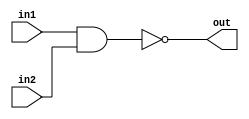
`timescale 1ns / 1ps
//////////////////////////////////////////////////////////////////////////////////
// Company: 
// Engineer: 
// 
// Design Name: 
// Module Name:    DFF 
// Project Name: 
// Target Devices: 
// Tool versions: 
// Description: 
//
// Dependencies: 
//
// Revision: 
// Revision 0.01 - File Created
// Additional Comments: 
//
//////////////////////////////////////////////////////////////////////////////////
module NAND(
    input in1,
    input in2,
    output out
    );
	buf#(2) (out,~(in1 & in2));

endmodule

module NOR(
    input in1,
    input in2,
    output out
    );
	
	buf#(3,2) (out,~(in1 | in2));

endmodule

module DNlatch_NOR(
    input En,
    input D,
    output Q,
    output not_Q
    );
	 
	 wire not_D,A,B ;
	 
	 NOR n1(D,D,not_D);	 
	 NOR n2(D,En,A);
	 NOR n3(not_D,En,B);
	 NOR n4(A,not_Q,Q);
	 NOR n5(B,Q,not_Q);


endmodule

module Dlatch_NAND(
    input En,
    input D,
    output Q,
	 output not_Q
    );
	 
	 wire not_D,A,B ;
	 
	 NAND n1(D,D,not_D);
	 NAND n2(D,En,A);
	 NAND n3(not_D,En,B);
	 NAND n4(A,not_Q,Q);
	 NAND n5(B,Q,not_Q);	  
		
		

endmodule

module DFF(
    input clk,
	 input En,
    input D,
    output Q
    );
	wire D2;
	DNlatch_NOR dn1(clk,D,D2,);
   Dlatch_NAND d1((clk & En),D2,Q,); 


endmodule